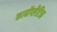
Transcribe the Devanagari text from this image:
कार्बोप्लैटिन